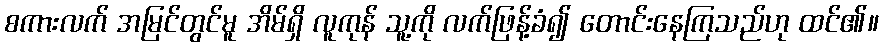
စကားလက် အမြင်တွင်မူ အိမ်ရှိ လူကုန် သူ့ကို လက်ဖြန့်ခံ၍ တောင်းနေကြသည်ဟု ထင်၏။